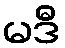
မဒီ